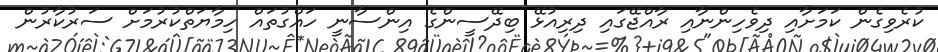
ކުރެވިގެން ކަމަށާއި ދިވެހިންނާއި ރާއްޖޭގައި ދިރިއުޅޭ ބިދޭސީންގެ އިންސާނީ ހައްގުތައް ހިމާޔަތްކުރުމަށް ސަރުކާރުން